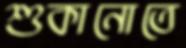
শুকানোতে